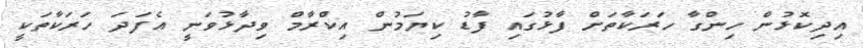
އިދިކޮޅުން ހިންގާ ހަރަކާތަށް ފާޅުގައި ފާޑު ކިޔަމުން އިކްރާމް ވިދާޅުވަނީ އެފަދަ ހަރަކާތަކީ